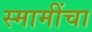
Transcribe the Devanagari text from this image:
स्मामींचा